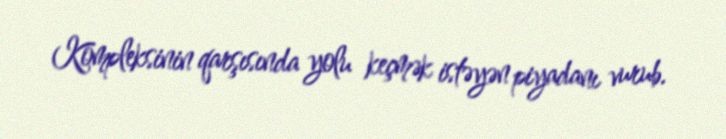
Kompleksinin qarşısında yolu keçmək istəyən piyadanı vurub.